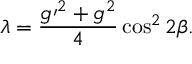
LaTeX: \lambda = \frac { g \prime ^ { 2 } + g ^ { 2 } } { 4 } \cos ^ { 2 } 2 \beta .